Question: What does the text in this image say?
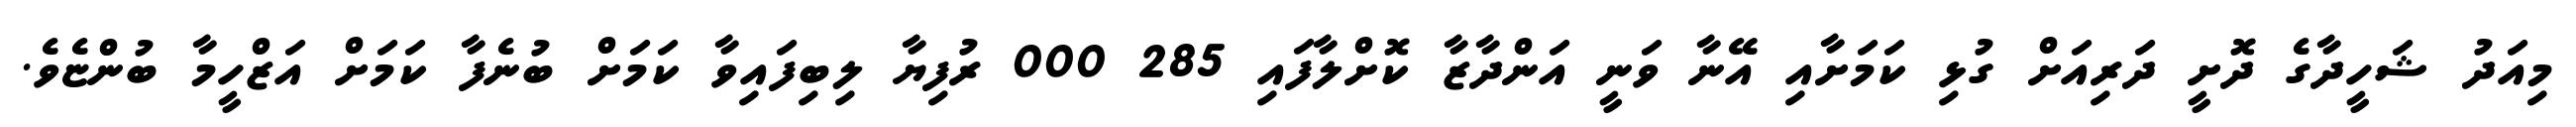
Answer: މިއަދު ޝަހީދާގެ ދޮށީ ދަރިއަށް ގުޅި ކަމަށާއި އޭނާ ވަނީ އަންދާޒާ ކޮށްލާފައި 285 000 ރުފިޔާ ލިބިފައިވާ ކަމަށް ބުނެފާ ކަމަށް އަޒްހީމާ ބުންޏެވެ.